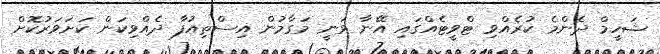
ޝަހީމް ދެންމެ ކުރެއްވި ޓްވީޓެއްގައި އޭނާ ވަނީ މަގާމުން އިސްތިއުފާ ދެއްވިކަން ކަށަވަރުކޮށް